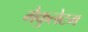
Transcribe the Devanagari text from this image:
मैकुलेटम